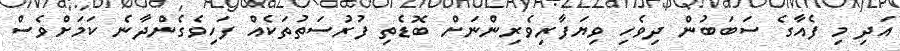
އަދި މި ފެއާގެ ސަބަބުން ދިވެހި ވިޔަފާރިވެރިންނަށް ބޮޑެތި ފުރުސަތުތަކެއް ފަހިވެގެންދާނެ ކަމަށްވެސް